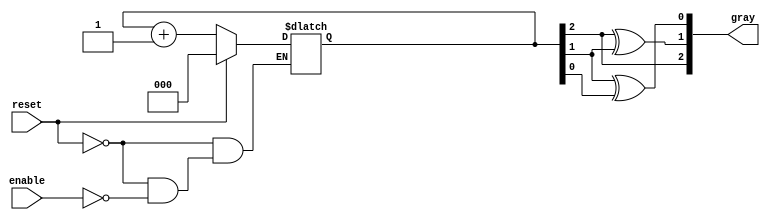
module gray_code_counter(
    input wire reset,      // Asynchronous reset
    input wire enable,     // Enable counting
    output reg [2:0] gray  // Output Gray code
);

    // Intermediate binary count representation
    reg [2:0] binary_count;

    // Always block to handle the asynchronous reset and counting
    always @* begin
        if (reset) begin
            binary_count = 3'b000; // Initialize binary count to 0 on reset
        end else if (enable) begin
            binary_count = binary_count + 3'b001; // Increment binary count
        end
    end

    // Always block for Gray code conversion
    always @(binary_count) begin
        gray[2] = binary_count[2]; // MSB of Gray code same as MSB of binary
        gray[1] = binary_count[2] ^ binary_count[1]; // Second bit of Gray
        gray[0] = binary_count[1] ^ binary_count[0]; // LSB of Gray
    end

endmodule